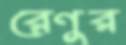
রেণুর